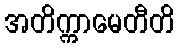
အတိက္ကာမေတီတိ